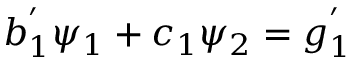
b _ { 1 } ^ { ' } \psi _ { 1 } + c _ { 1 } \psi _ { 2 } = g _ { 1 } ^ { ' }